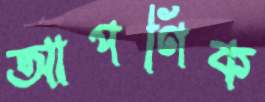
আপণিক